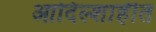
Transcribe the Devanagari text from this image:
आदिल्शाहीत